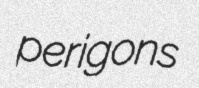
perigons